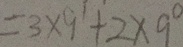
= 3 \times 9 ^ { 1 } + 2 \times 9 ^ { 0 }